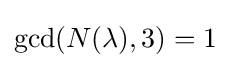
\gcd(N(\lambda ),3)=1